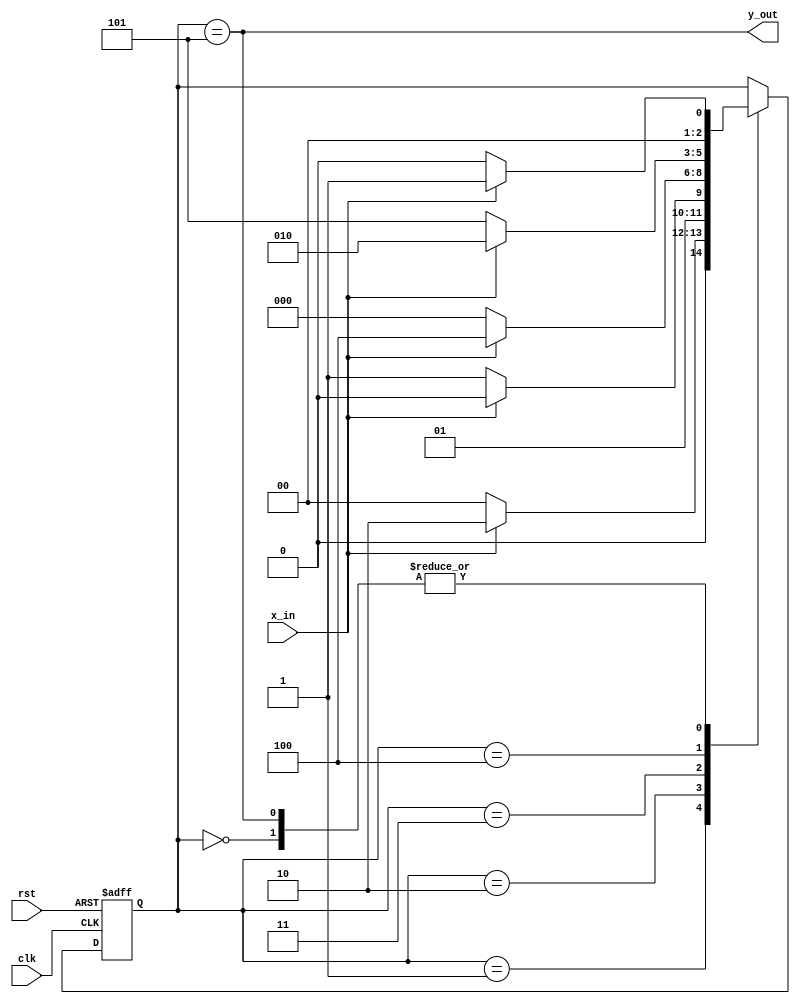
// Moore FSM to detect 11010 in a bitstream

module moore_11010 (
	input x_in, clk, rst,
	output y_out
);

	reg [2:0] state;
	parameter S0 = 3'b000, S1 = 3'b001, S2 = 3'b010, S3 = 3'b011, S4 = 3'b100, S5 = 3'b101;

	always @ (posedge clk or negedge rst)
		if (!rst) state <= S0;
		else case (state)
			S0: if(~x_in) state <= S0; else state <= S1;
			S1: if(~x_in) state <= S0; else state <= S2;
			S2: if(~x_in) state <= S3; else state <= S2;
			S3: if(~x_in) state <= S0; else state <= S4;
			S4: if(~x_in) state <= S5; else state <= S2;
			S5: if(~x_in) state <= S0; else state <= S1;
		endcase

	assign y_out = (state == S5);
endmodule